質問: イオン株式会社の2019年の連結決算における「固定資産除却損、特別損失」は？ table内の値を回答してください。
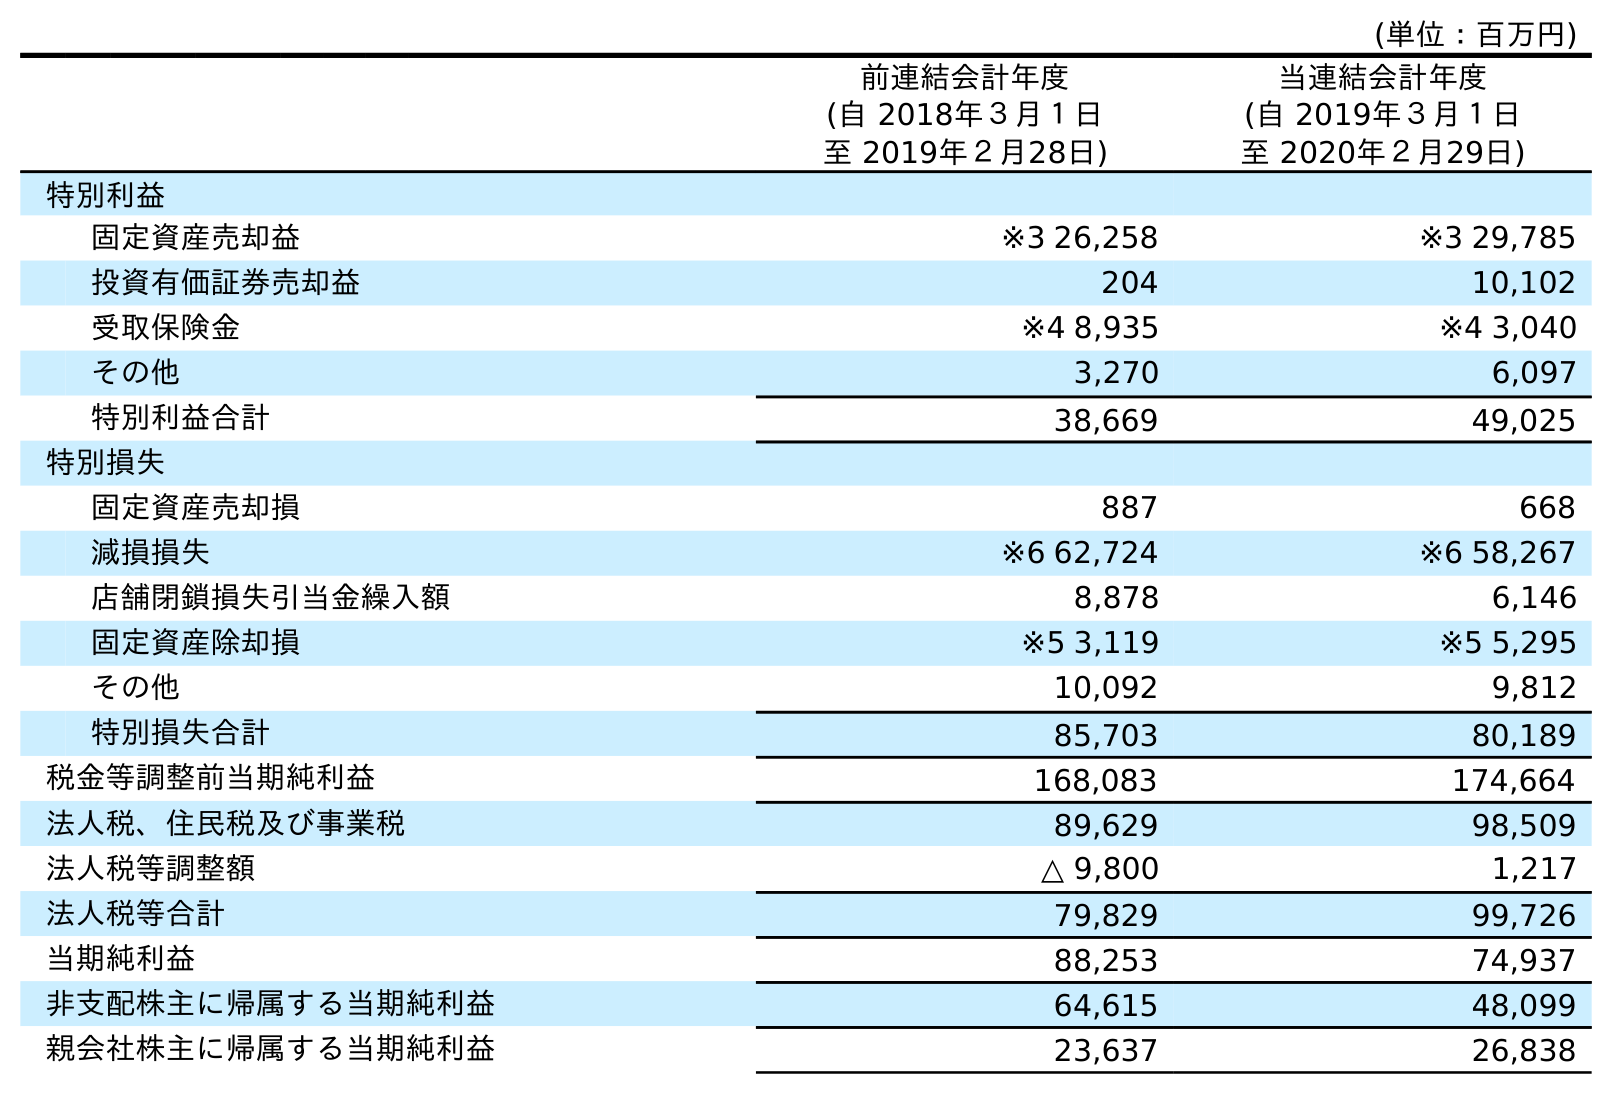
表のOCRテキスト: (単位：百万円) 前連結会計年度 (自 2018年３月１日 至 2019年２月28日) 当連結会計年度 (自 2019年３月１日 至 2020年２月29日) 特別利益 固定資産売却益 ※3 26,258 ※3 29,785 投資有価証券売却益 204 10,102 受取保険金 ※4 8,935 ※4 3,040 その他 3,270 6,097 特別利益合計 38,669 49,025 特別損失 固定資産売却損 887 668 減損損失 ※6 62,724 ※6 58,267 店舗閉鎖損失引当金繰入額 8,878 6,146 固定資産除却損 ※5 3,119 ※5 5,295 その他 10,092 9,812 特別損失合計 85,703 80,189 税金等調整前当期純利益 168,083 174,664 法人税、住民税及び事業税 89,629 98,509 法人税等調整額 △ 9,800 1,217 法人税等合計 79,829 99,726 当期純利益 88,253 74,937 非支配株主に帰属する当期純利益 64,615 48,099 親会社株主に帰属する当期純利益 23,637 26,838
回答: ※53,119